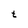
Character: t